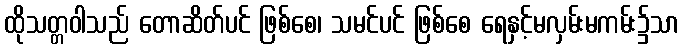
ထိုသတ္တဝါသည် တောဆိတ်ပင် ဖြစ်စေ၊ သမင်ပင် ဖြစ်စေ ရေနှင့်မလှမ်းမကမ်း၌သာ